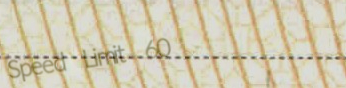
Speed Limit 60